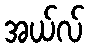
အယ်လ်